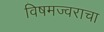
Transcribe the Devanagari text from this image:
विषमज्वराचा